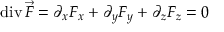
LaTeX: \operatorname { d i v } { \vec { F } } = \partial _ { x } F _ { x } + \partial _ { y } F _ { y } + \partial _ { z } F _ { z } = 0